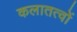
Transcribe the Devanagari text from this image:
कलातत्वों